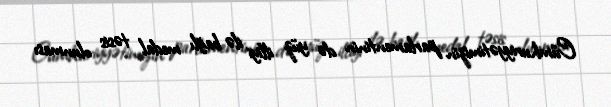
Cümhuriyyətimizin parlamentinin də yüz illiyi ilə bağlı medal təsis olunması